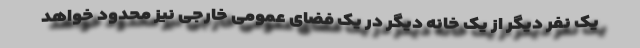
یک نفر دیگر از یک خانه دیگر در یک فضای عمومی خارجی نیز محدود خواهد